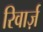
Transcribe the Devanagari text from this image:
रिवार्ज़